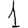
Digit: 1